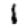
Digit: 1